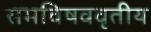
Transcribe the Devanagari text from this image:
समविषववृतीय